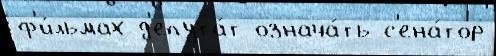
ф'и́льмах д'епута́т означа́ть с'ена́тор